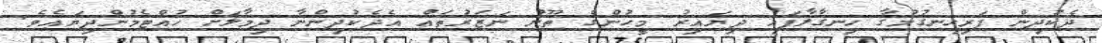
ދެކުދިން ފަރިހިނގުމުގާ ހިނގާލާފައި ދިޔައިރު މީހުންގެ ތޫނު ނަޒަރުތައް އެދެކުދިންނާ ދިމާލަށް ހުއްޓެމުންދިޔައެވެ.